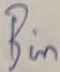
Text: Bin